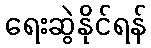
ရေးဆွဲနိုင်ရန်